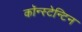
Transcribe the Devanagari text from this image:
कॉन्स्टेन्टिन